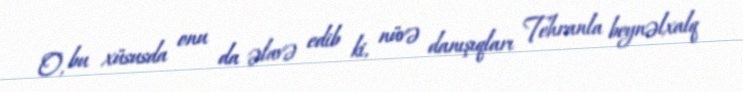
O, bu xüsusda onu da əlavə edib ki, nüvə danışıqları Tehranla beynəlxalq